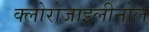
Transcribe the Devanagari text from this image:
क्लोरोजाइलीनोल